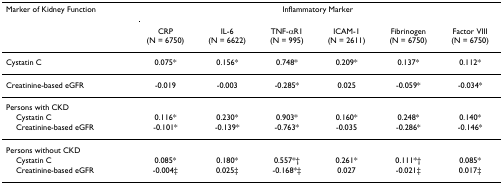
<table><thead><tr><td><b>Marker of Kidney Function</b></td><td colspan="6"><b>Inflammatory Marker</b></td></tr><tr><td></td><td><b>CRP (N = 6750)</b></td><td><b>IL-6 (N = 6622)</b></td><td><b>TNF-αR1 (N = 995)</b></td><td><b>ICAM-1 (N = 2611)</b></td><td><b>Fibrinogen (N = 6750)</b></td><td><b>Factor VIII (N = 6750)</b></td></tr></thead><tbody><tr><td>Cystatin C</td><td>0.075*</td><td>0.156*</td><td>0.748*</td><td>0.209*</td><td>0.137*</td><td>0.112*</td></tr><tr><td>Creatinine-based eGFR</td><td>-0.019</td><td>-0.003</td><td>-0.285*</td><td>0.025</td><td>-0.059*</td><td>-0.034*</td></tr><tr><td>Persons with CKD</td><td></td><td></td><td></td><td></td><td></td><td></td></tr><tr><td> Cystatin C</td><td>0.116*</td><td>0.230*</td><td>0.903*</td><td>0.160*</td><td>0.248*</td><td>0.140*</td></tr><tr><td> Creatinine-based eGFR</td><td>-0.101*</td><td>-0.139*</td><td>-0.763*</td><td>-0.035</td><td>-0.286*</td><td>-0.146*</td></tr><tr><td>Persons without CKD</td><td></td><td></td><td></td><td></td><td></td><td></td></tr><tr><td> Cystatin C</td><td>0.085*</td><td>0.180*</td><td>0.557*†</td><td>0.261*</td><td>0.111*†</td><td>0.085*</td></tr><tr><td> Creatinine-based eGFR</td><td>-0.004‡</td><td>0.025‡</td><td>-0.168*‡</td><td>0.027</td><td>-0.021‡</td><td>0.017‡</td></tr></tbody></table>